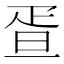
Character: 疍